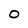
Character: 0